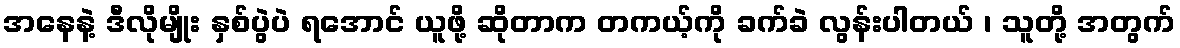
အနေနဲ့ ဒီလိုမျိုး နှစ်ပွဲပဲ ရအောင် ယူဖို့ ဆိုတာက တကယ့်ကို ခက်ခဲ လွန်းပါတယ် ၊ သူတို့ အတွက်